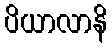
ပိယာလာနိ